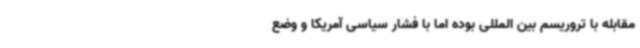
مقابله با تروریسم بین المللی بوده اما با فشار سیاسی آمریکا و وضع